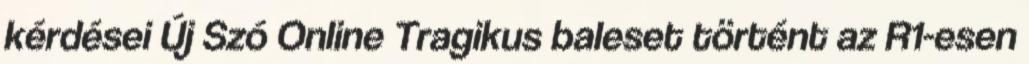
kérdései Új Szó Online Tragikus baleset történt az R1-esen